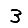
Digit: 3